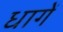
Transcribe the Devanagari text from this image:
धागें